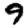
Digit: 9